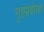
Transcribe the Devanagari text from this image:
गृह्प्रबंधक